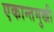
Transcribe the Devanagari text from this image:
एकान्तमुखी